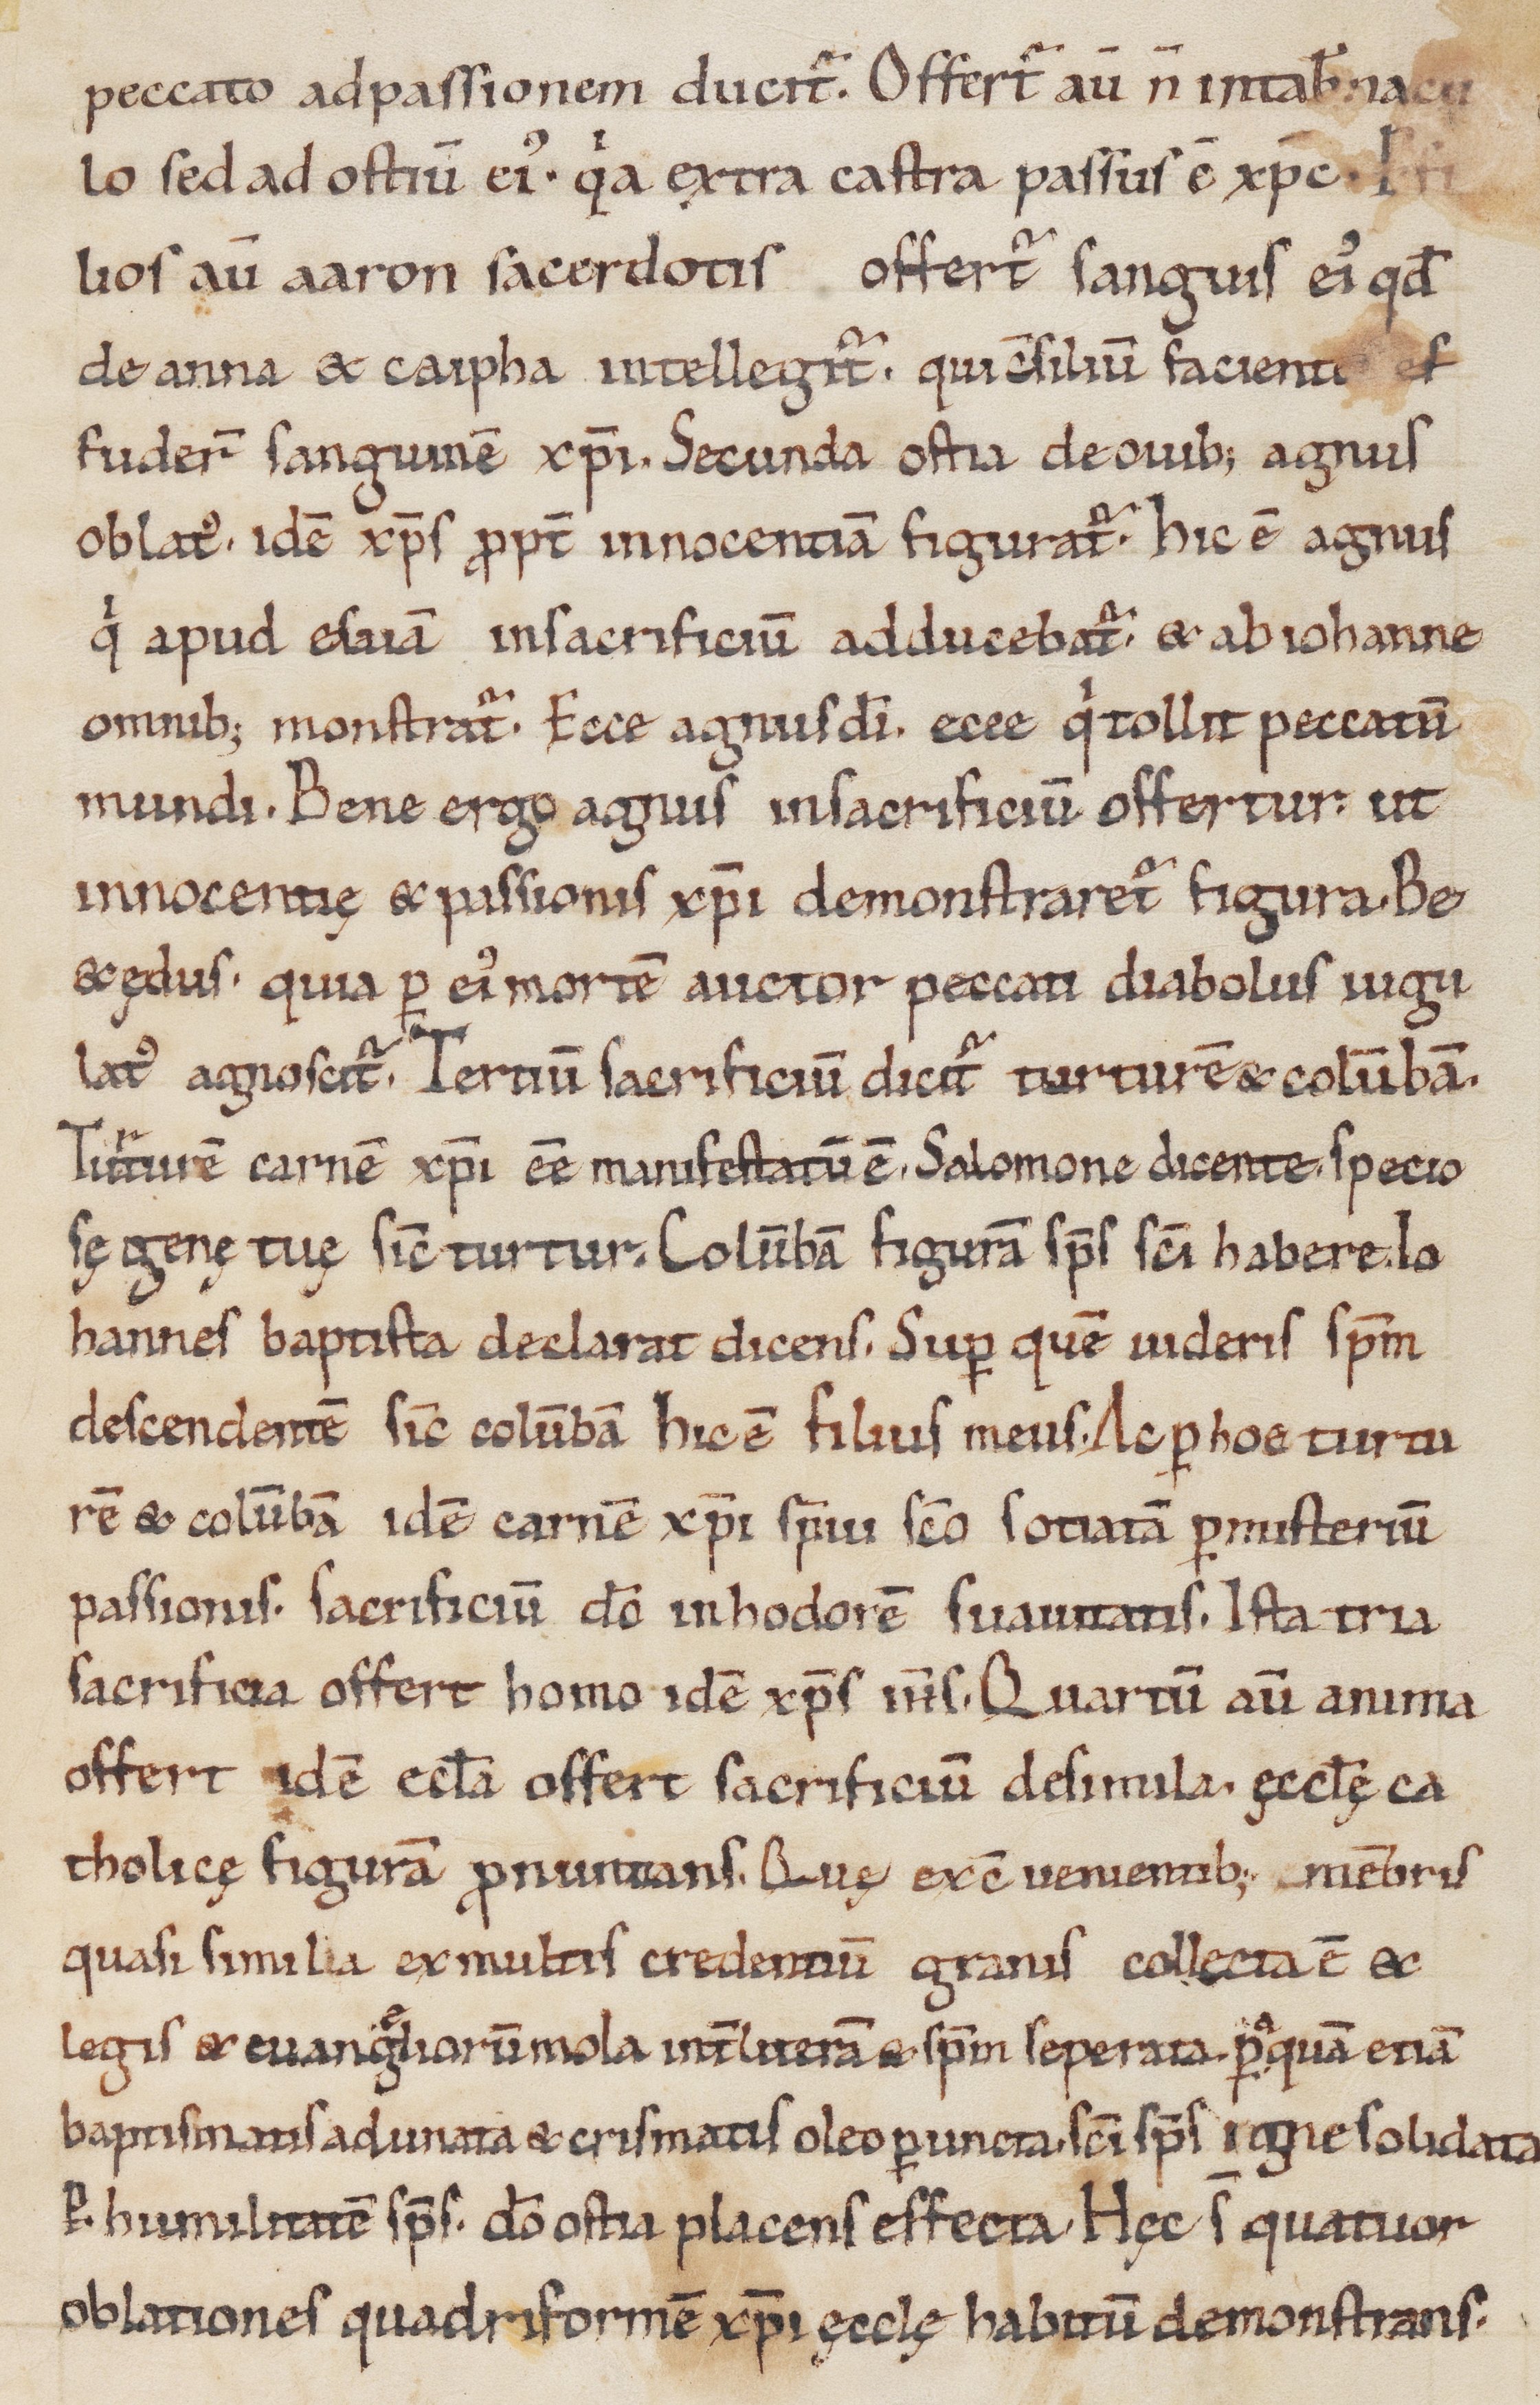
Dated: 1000–1099